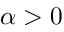
\alpha > 0